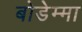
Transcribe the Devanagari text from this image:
बोडेम्मा